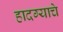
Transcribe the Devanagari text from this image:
हादग्याचे